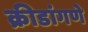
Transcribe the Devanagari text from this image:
क्रीडांगणे